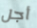
أجل